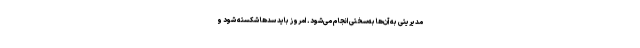
مدیریتی به آن‌ها به‌سختی انجام می‌شود. امروز باید سدها شکسته شود و